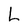
Character: L